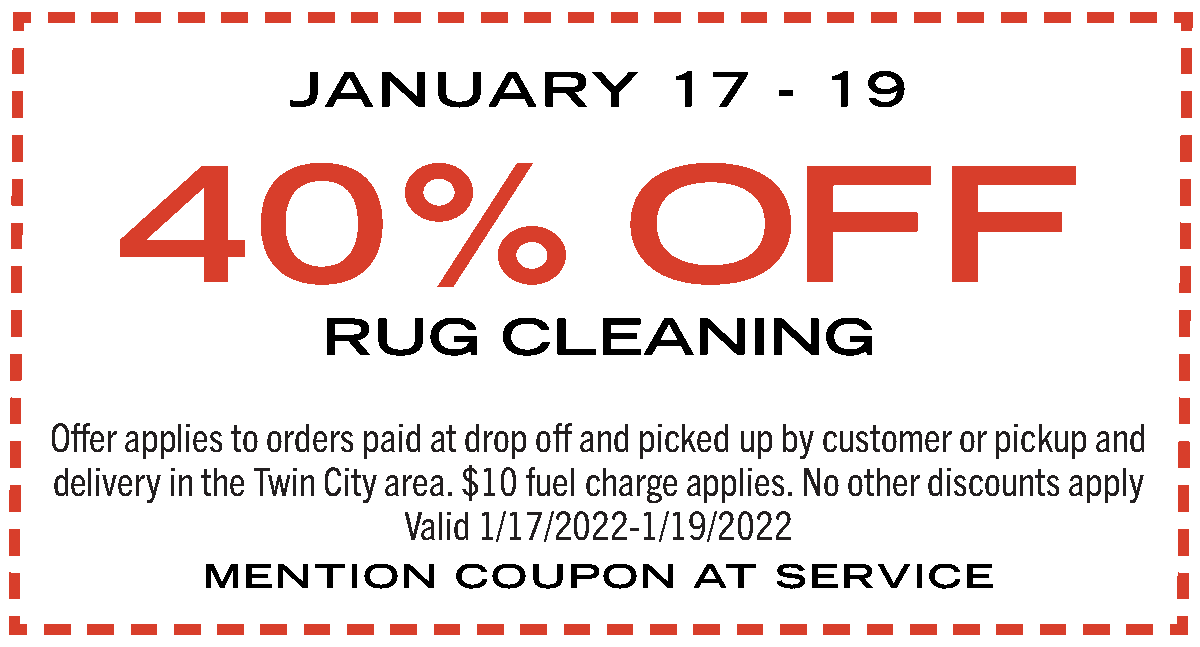
JANUARY                  17     -  19
 40%                              OFF
 RUG         CLEANING
 Offer applies to orders paid at drop off and picked up by customer or pickup and
 delivery in the Twin City area. $10 fuel charge applies. No other discounts apply
 Valid 1/17/2022-1/19/2022
 MENTION          COUPON          AT   SERVICE